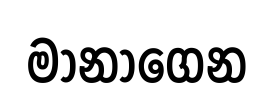
මානාගෙන